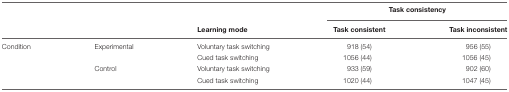
<table><thead><tr><td></td><td></td><td></td><td colspan="2"><b>Task consistency</b></td></tr><tr><td></td><td></td><td><b>Learning mode</b></td><td><b>Task consistent</b></td><td><b>Task inconsistent</b></td></tr></thead><tbody><tr><td>Condition</td><td>Experimental</td><td>Voluntary task switching</td><td>918 (54)</td><td>956 (55)</td></tr><tr><td></td><td></td><td>Cued task switching</td><td>1056 (44)</td><td>1056 (45)</td></tr><tr><td></td><td>Control</td><td>Voluntary task switching</td><td>933 (59)</td><td>902 (60)</td></tr><tr><td></td><td></td><td>Cued task switching</td><td>1020 (44)</td><td>1047 (45)</td></tr></tbody></table>